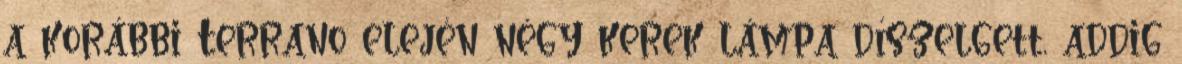
a korábbi Terrano elején négy kerek lámpa díszelgett, addig